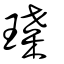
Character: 㻡